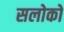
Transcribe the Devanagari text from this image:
सलोकों